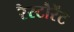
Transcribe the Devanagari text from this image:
रैस्टौरेंट